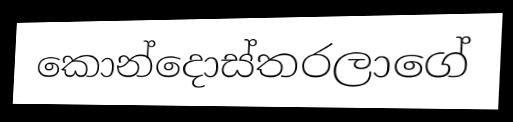
කොන්දොස්තරලාගේ